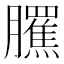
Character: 𦢺